Elephants and their diseases
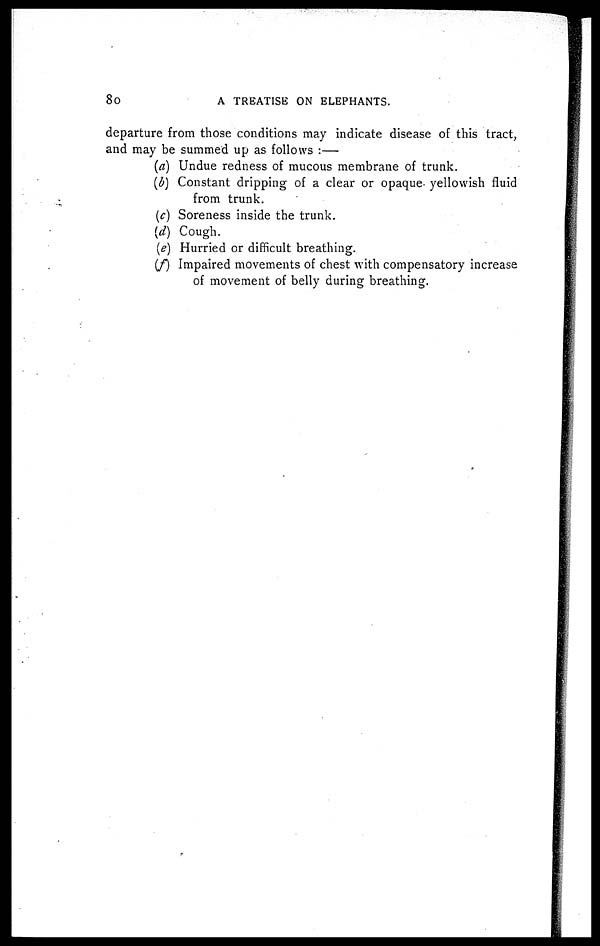
80
A TREATISE ON ELEPHANTS.
departure from those conditions may indicate disease of this tract,
and may be summed up as follows :—
(a) Undue redness of mucous membrane of trunk.
(b) Constant dripping of a clear or opaque yellowish fluid
from trunk.
(c) Soreness inside the trunk.
(d) Cough.
(e) Hurried or difficult breathing.
(f) Impaired movements of chest with compensatory increase
of movement of belly during breathing.